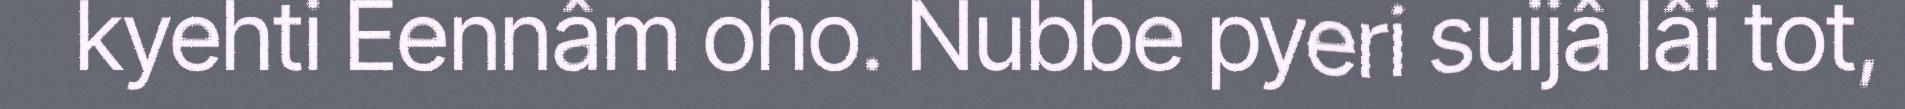
kyehti Eennâm oho. Nubbe pyeri suijâ lâi tot,